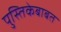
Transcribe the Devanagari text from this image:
पुस्तिकेबाबत